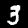
Label: 3